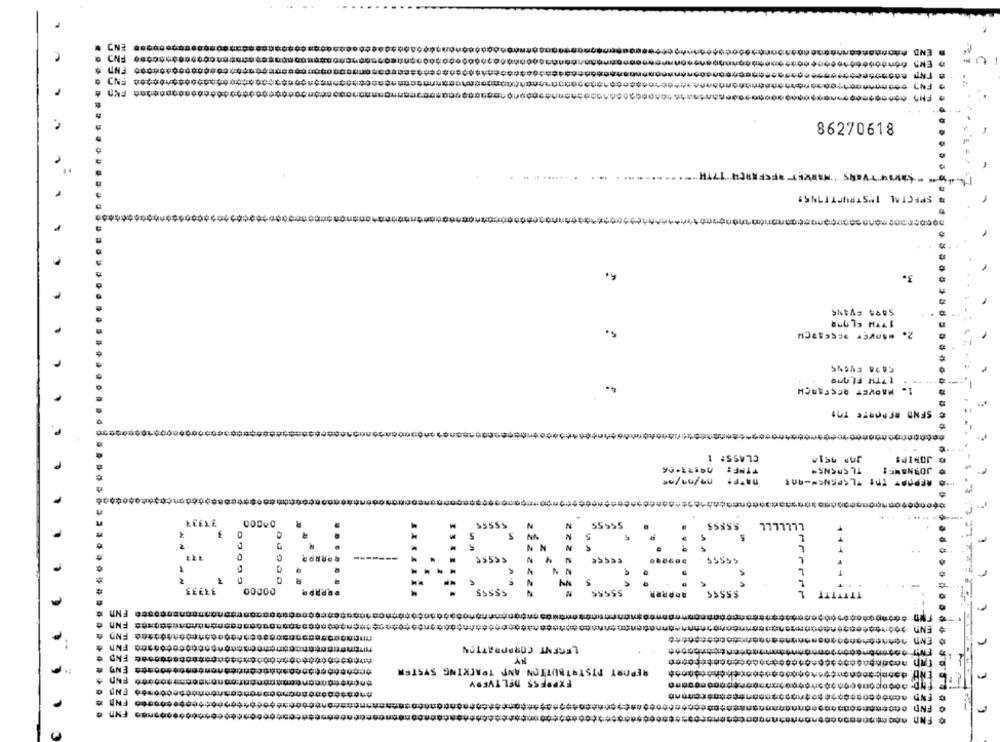
CN#
UN3 00000000000000
....
86270618
4.
.1
1 :55V75
ulsu cur
TLSRSNSM-RO3
ooh00 FND
PY
REPORT DISTRIBUTION AND TRACKING SYSTEM
ASSALTOU SSHadXd
99499
UN+